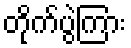
တိုက်ပွဲကြား